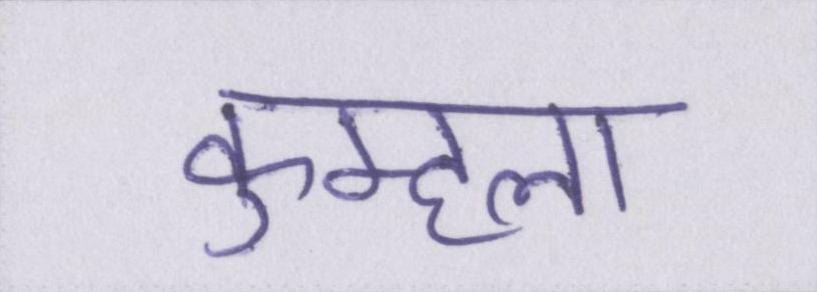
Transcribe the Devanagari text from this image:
कुम्हला